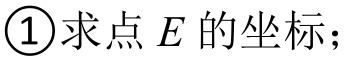
\textcircled{1}求点\(E\)的坐标；